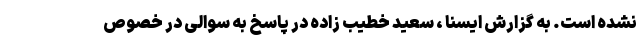
نشده است. به گزارش ایسنا ، سعید خطیب زاده در پاسخ به سوالی در خصوص